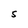
Character: S